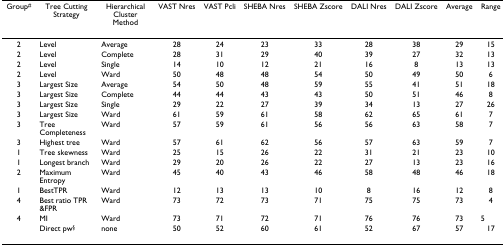
<table><thead><tr><td><b>Group<sup>#</sup></b></td><td><b>Tree Cutting Strategy</b></td><td><b>Hierarchical Cluster Method</b></td><td><b>VAST Nres</b></td><td><b>VAST Pcli</b></td><td><b>SHEBA Nres</b></td><td><b>SHEBA Zscore</b></td><td><b>DALI Nres</b></td><td><b>DALI Zscore</b></td><td><b>Average</b></td><td><b>Range</b></td></tr></thead><tbody><tr><td>2</td><td>Level</td><td>Average</td><td>28</td><td>24</td><td>23</td><td>33</td><td>28</td><td>38</td><td>29</td><td>15</td></tr><tr><td>2</td><td>Level</td><td>Complete</td><td>28</td><td>31</td><td>29</td><td>40</td><td>39</td><td>27</td><td>32</td><td>13</td></tr><tr><td>2</td><td>Level</td><td>Single</td><td>14</td><td>10</td><td>12</td><td>21</td><td>16</td><td>8</td><td>13</td><td>13</td></tr><tr><td>2</td><td>Level</td><td>Ward</td><td>50</td><td>48</td><td>48</td><td>54</td><td>50</td><td>49</td><td>50</td><td>6</td></tr><tr><td>3</td><td>Largest Size</td><td>Average</td><td>54</td><td>50</td><td>48</td><td>59</td><td>55</td><td>41</td><td>51</td><td>18</td></tr><tr><td>3</td><td>Largest Size</td><td>Complete</td><td>44</td><td>44</td><td>43</td><td>43</td><td>50</td><td>51</td><td>46</td><td>8</td></tr><tr><td>3</td><td>Largest Size</td><td>Single</td><td>29</td><td>22</td><td>27</td><td>39</td><td>34</td><td>13</td><td>27</td><td>26</td></tr><tr><td>3</td><td>Largest Size</td><td>Ward</td><td>61</td><td>59</td><td>61</td><td>58</td><td>62</td><td>65</td><td>61</td><td>7</td></tr><tr><td>3</td><td>Tree Completeness</td><td>Ward</td><td>57</td><td>59</td><td>61</td><td>56</td><td>56</td><td>63</td><td>58</td><td>7</td></tr><tr><td>3</td><td>Highest tree</td><td>Ward</td><td>57</td><td>61</td><td>62</td><td>56</td><td>57</td><td>63</td><td>59</td><td>7</td></tr><tr><td>1</td><td>Tree skewness</td><td>Ward</td><td>25</td><td>15</td><td>26</td><td>22</td><td>31</td><td>21</td><td>23</td><td>10</td></tr><tr><td>1</td><td>Longest branch</td><td>Ward</td><td>29</td><td>20</td><td>26</td><td>22</td><td>27</td><td>13</td><td>23</td><td>16</td></tr><tr><td>2</td><td>Maximum Entropy</td><td>Ward</td><td>45</td><td>40</td><td>43</td><td>46</td><td>58</td><td>48</td><td>46</td><td>18</td></tr><tr><td>1</td><td>BestTPR</td><td>Ward</td><td>12</td><td>13</td><td>13</td><td>10</td><td>8</td><td>16</td><td>12</td><td>8</td></tr><tr><td>4</td><td>Best ratio TPR &amp;FPR</td><td>Ward</td><td>73</td><td>72</td><td>73</td><td>71</td><td>75</td><td>75</td><td>73</td><td>4</td></tr><tr><td>4</td><td>MI</td><td>Ward</td><td>73</td><td>71</td><td>72</td><td>71</td><td>76</td><td>76</td><td>73</td><td>5</td></tr><tr><td></td><td>Direct pw<sup>§</sup></td><td>none</td><td>50</td><td>52</td><td>60</td><td>61</td><td>52</td><td>67</td><td>57</td><td>17</td></tr></tbody></table>